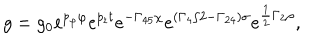
LaTeX: \displaystyle { g = g _ { 0 } e ^ { p _ { \varphi } \varphi } e ^ { p _ { t } t } e ^ { - \Gamma _ { 4 5 } \chi } e ^ { ( \Gamma _ { 4 } / 2 - \Gamma _ { 2 4 } ) \sigma } e ^ { \frac { 1 } { 2 } \Gamma _ { 2 } \rho } } ,